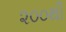
૨૦૦થી